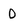
Character: O